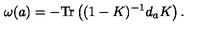
\omega ( a ) = - \mathrm { T r } \left( ( 1 - K ) ^ { - 1 } d _ { a } K \right) .